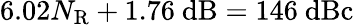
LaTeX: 6.02N_{\mathrm{R}}+1.76~\mathrm{dB}=146~\mathrm{dBc}